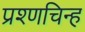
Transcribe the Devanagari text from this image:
प्रश्णचिन्ह